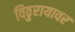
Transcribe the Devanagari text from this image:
विठुरायावर